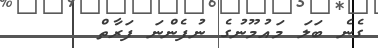
ގެނެ ބަލަ މައުމޫނުގެ ނުފެންނަ ފަރާތް